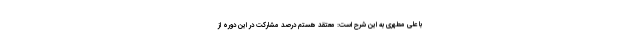
با علی مطهری به این شرح است: معتقد هستم درصد مشارکت در این دوره از